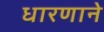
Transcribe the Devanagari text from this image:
धारणाने